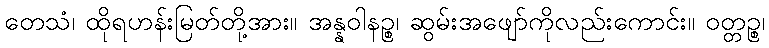
တေသံ၊ ထိုရဟန်းမြတ်တို့အား။ အန္နဝါနဉ္စ၊ ဆွမ်းအဖျော်ကိုလည်းကောင်း။ ဝတ္တဉ္စ၊